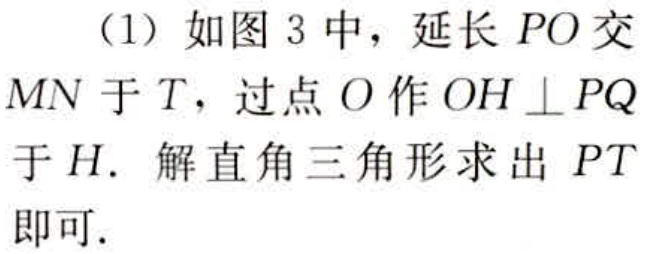
（1）如图 3 中，延长 \(PO\) 交 \(MN\) 于 \(T\)，过点 \(O\) 作 \(OH \perp PQ\) 于 \(H\). 解直角三角形求出 \(PT\) 即可.